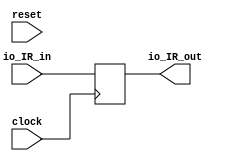
`ifdef RANDOMIZE_GARBAGE_ASSIGN
`define RANDOMIZE
`endif
`ifdef RANDOMIZE_INVALID_ASSIGN
`define RANDOMIZE
`endif
`ifdef RANDOMIZE_REG_INIT
`define RANDOMIZE
`endif
`ifdef RANDOMIZE_MEM_INIT
`define RANDOMIZE
`endif

module IR(
  input         clock,
  input         reset,
  input  [31:0] io_IR_in,
  output [31:0] io_IR_out
);
  reg [31:0] _T_7;
  reg [31:0] _GEN_0;
  assign io_IR_out = _T_7;
`ifdef RANDOMIZE
  integer initvar;
  initial begin
    `ifndef verilator
      #0.002 begin end
    `endif
  `ifdef RANDOMIZE_REG_INIT
  _GEN_0 = {1{$random}};
  _T_7 = _GEN_0[31:0];
  `endif
  end
`endif
  always @(posedge clock) begin
    _T_7 <= io_IR_in;
  end
endmodule